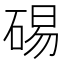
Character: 𥓘